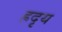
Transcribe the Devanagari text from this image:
ह्रदृय